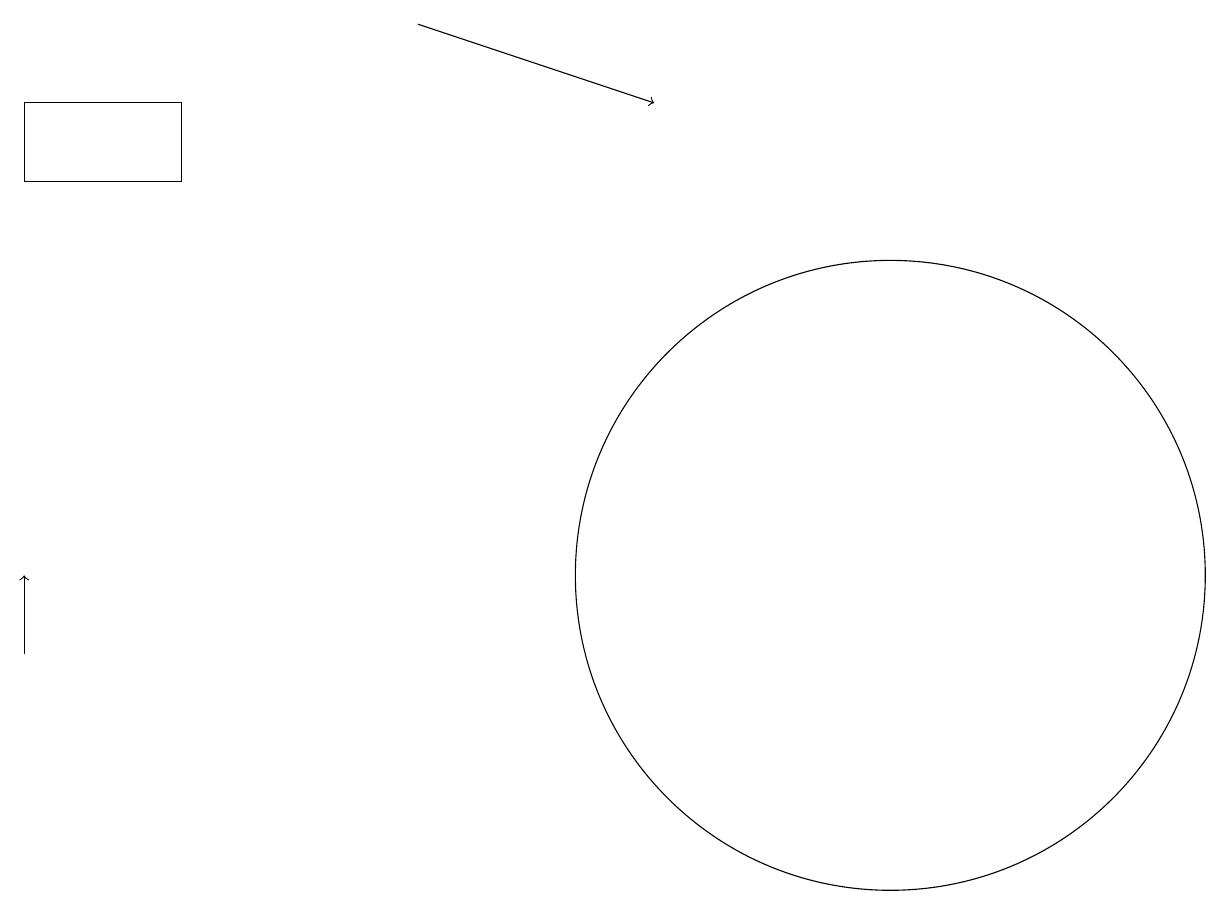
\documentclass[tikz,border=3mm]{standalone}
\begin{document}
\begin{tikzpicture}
\draw (12,12) circle (4);
\draw[->] (1,11) -- (1,12);
\draw (1,17) rectangle (3,18);
\draw (10,12) circle (0);
\draw[->] (6,19) -- (9,18);
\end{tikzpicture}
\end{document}